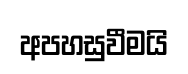
අපහසුවීමයි